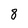
Character: 8